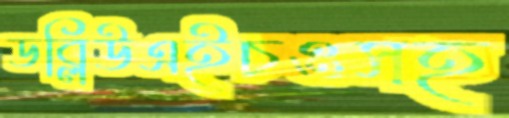
ডব্লিউএইচওসহ